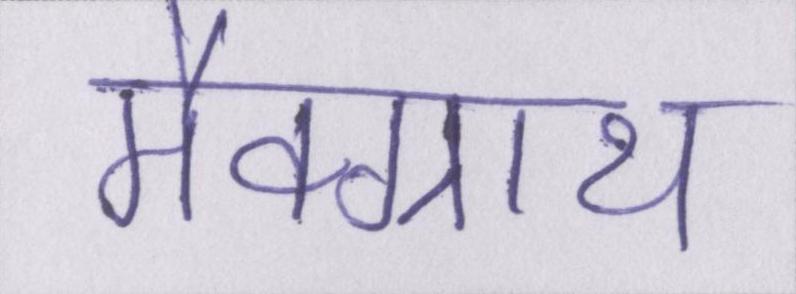
मैक्ग्राथ